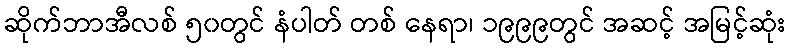
ဆိုက်ဘာအီလစ် ၅၀တွင် နံပါတ် တစ် နေရာ၊ ၁၉၉၉တွင် အဆင့် အမြင့်ဆုံး